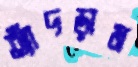
ত্যাঁদড়াম